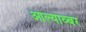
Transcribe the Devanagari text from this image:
आल्याव्बर